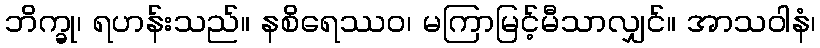
ဘိက္ခု၊ ရဟန်းသည်။ နစိရေဿဝ၊ မကြာမြင့်မီသာလျှင်။ အာသဝါနံ၊